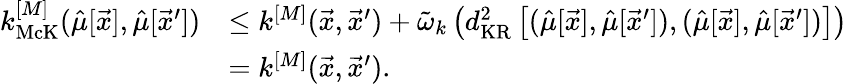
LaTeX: \begin{array}{rl}{k_{\mathrm{McK}}^{[M]}(\hat{\mu}[\vec{x}],\hat{\mu}[\vec{x}^{\prime}])}&{\leq k^{[M]}(\vec{x},\vec{x}^{\prime})+\tilde{\omega}_{k}\left(d_{\mathrm{KR}}^{2}\left[(\hat{\mu}[\vec{x}],\hat{\mu}[\vec{x}^{\prime}]),(\hat{\mu}[\vec{x}],\hat{\mu}[\vec{x}^{\prime}])\right]\right)}\\ &{=k^{[M]}(\vec{x},\vec{x}^{\prime}).}\end{array}